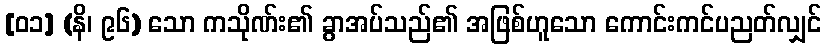
[၀၁] (နိ၊ ၉၆) သော ကသိုဏ်း၏ ခွာအပ်သည်၏ အဖြစ်ဟူသော ကောင်းကင်ပညတ်လျှင်